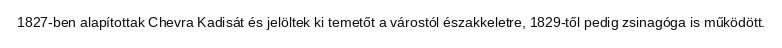
1827-ben alapítottak Chevra Kadisát és jelöltek ki temetőt a várostól északkeletre, 1829-től pedig zsinagóga is működött.